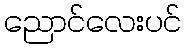
ညောင်လေးပင်